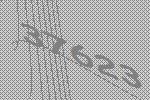
37623